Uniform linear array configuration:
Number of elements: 48
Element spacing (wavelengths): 0.25
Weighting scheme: binomial
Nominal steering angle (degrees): -15
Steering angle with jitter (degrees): -16.708
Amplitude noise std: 0.05
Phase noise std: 0.05

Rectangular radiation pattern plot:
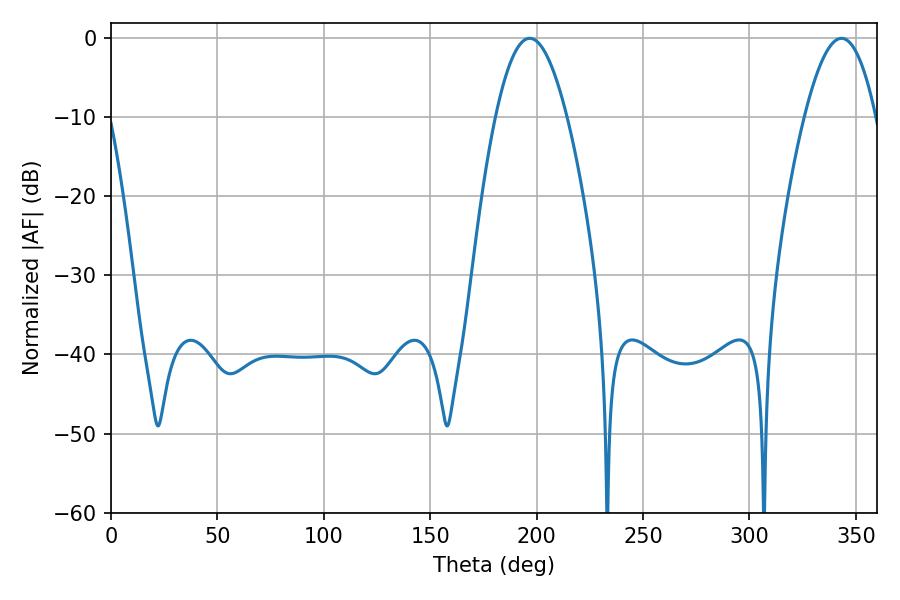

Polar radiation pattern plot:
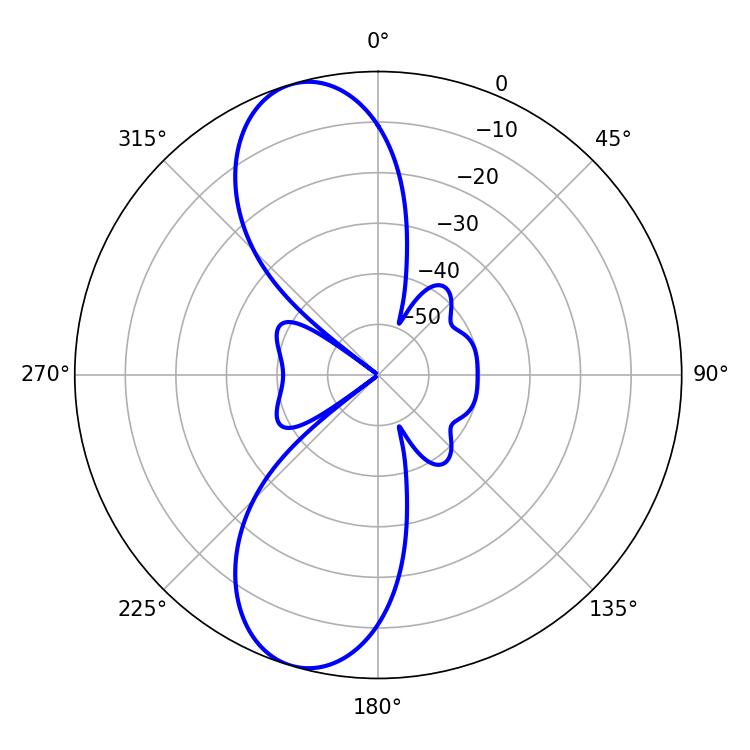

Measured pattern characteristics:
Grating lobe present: FALSE
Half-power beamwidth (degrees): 18.18
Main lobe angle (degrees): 196.74